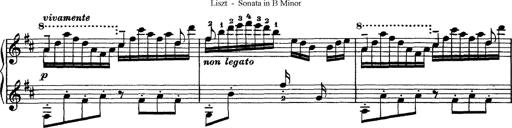
Title: Piano Sonata
Composer: Karl HÃ¤ssler
Key: C major